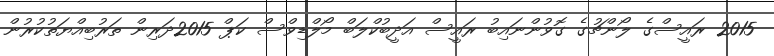
2015 ރައީސްގެ ލޯންޗުގެ ގޮވުންނައިބު ރައީސް އަދީބުކްލަބް މޯލްޑިވްސް ކަޕް 2015ދަރިން ތަރުބިއްޔަތުކުރުން